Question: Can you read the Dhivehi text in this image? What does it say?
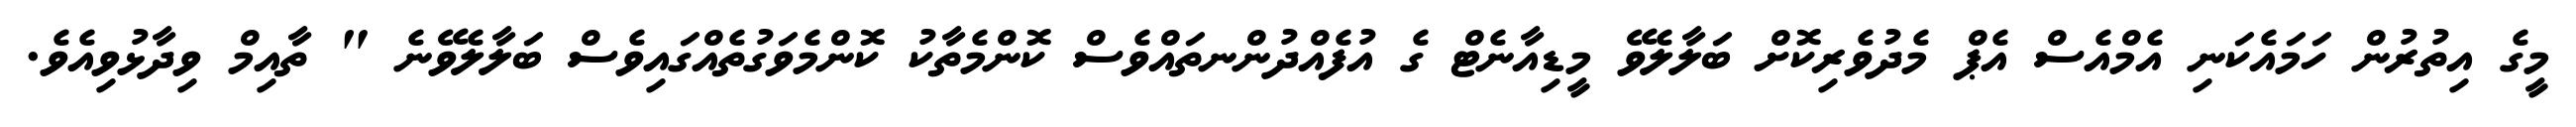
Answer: މީގެ އިތުރުން ހަމައެކަނި އެމްއެސް އެޕް މެދުވެރިކޮށް ބަލާލެވޭ މީޑިއާނެޓް ގެ އުފެއްދުންނތައްވެސް ކޮންމެތާކު ކޮންމެވަގުތެއްގައިވެސް ބަލާލެވޭނެ " ތާއިމް ވިދާޅުވިއެވެ.